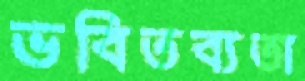
ভবিতব্যতা